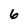
Character: 6